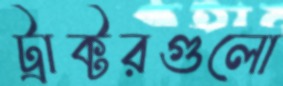
ট্রাক্টরগুলো